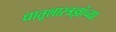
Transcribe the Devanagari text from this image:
धातूशास्त्रज्ञांच्या